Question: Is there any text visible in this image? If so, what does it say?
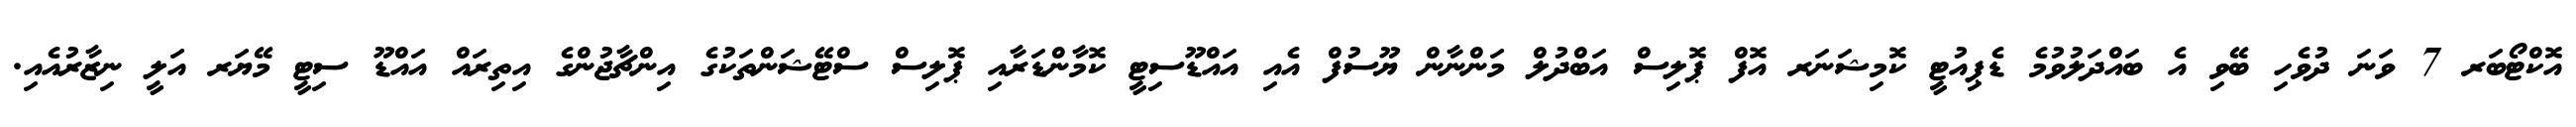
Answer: އޮކްޓޯބަރ 7 ވަނަ ދުވެހި ބޭވި އެ ބައްދަލުވުމެ ޑެޕިއުޓީ ކޮމިޝަނަރ އޮފް ޕޮލިސް އަބްދުލް މަންނާން ޔޫސުފް އެއި އައްޑޫސިޓީ ކޮމާންޑަރާއި ޕޮލިސް ސްޓޭޝަންތަކުގެ އިންޗާޖުންގެ އިތިރައް އައްޑޫ ސިޓީ މޭޔަރ އަލީ ނިޒާރުއެއި.